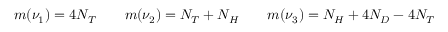
\begin{array} { r } { m ( \nu _ { 1 } ) = 4 N _ { T } \qquad m ( \nu _ { 2 } ) = N _ { T } + N _ { H } \qquad m ( \nu _ { 3 } ) = N _ { H } + 4 N _ { D } - 4 N _ { T } } \end{array}